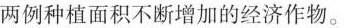
两例种植面积不断增加的经济作物。